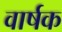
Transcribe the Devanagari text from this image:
वार्षक